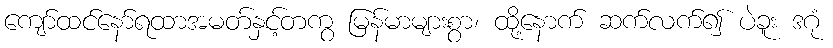
ကျော်ထင်နော်ရထာအမတ်နှင့်တကွ မြန်မာများစွာ၊ ထို့နောက် ဆက်လက်၍ ပဲခူး ဒဂုံ